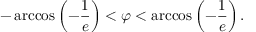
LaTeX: - \operatorname { a r c c o s } \left( - { \frac { 1 } { e } } \right) < \varphi < \operatorname { a r c c o s } \left( - { \frac { 1 } { e } } \right) .